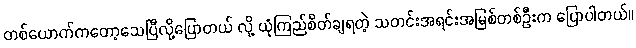
တစ်ယောက်ကတော့သေပြီလို့ပြောတယ် လို့ ယုံကြည်စိတ်ချရတဲ့ သတင်းအရင်းအမြစ်တစ်ဦးက ပြောပါတယ်။